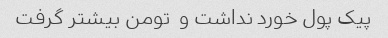
پیک پول خورد نداشت و  تومن بیشتر گرفت